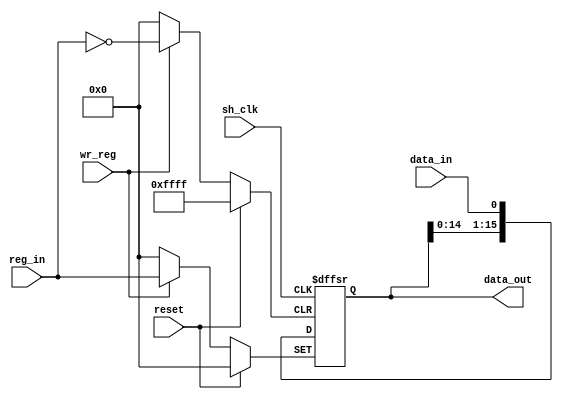
`timescale 1ns / 1ps
//////////////////////////////////////////////////////////////////////////////////
// Company: Filber Inc.
// 
// Design Name: Shift register, that can be witten by whole
// Module Name: shift_reg_16bit
//////////////////////////////////////////////////////////////////////////////////

module shift_register_16bit(
    input wire wr_reg,   // Write enable signal
    input wire sh_clk,   // Shift clock signal
    input wire reset,    // Reset signal
    input wire data_in,  // Input data
    input wire [15:0] reg_in,   // Input registe
    output wire [15:0] data_out // Output data
);

// Internal register to store the 16-bit shift register
reg [15:0] shift_reg;

// ?????????? ????? ????????? ? ???????????????? ?????? ??????? ??????

// Reset the shift register to all zeros when the reset signal is asserted
always @(posedge sh_clk or posedge reset or posedge wr_reg)
begin
    if (reset)
        shift_reg <= 16'b0; // Reset register
    else if (wr_reg)
        shift_reg <= reg_in; // Write data to the shift register
    else if (sh_clk)
        shift_reg <= {shift_reg[14:0], data_in}; // Shift the data left by one bit
        // Write data_in to first bit
end

// Output the shifted data
assign data_out = shift_reg;

endmodule